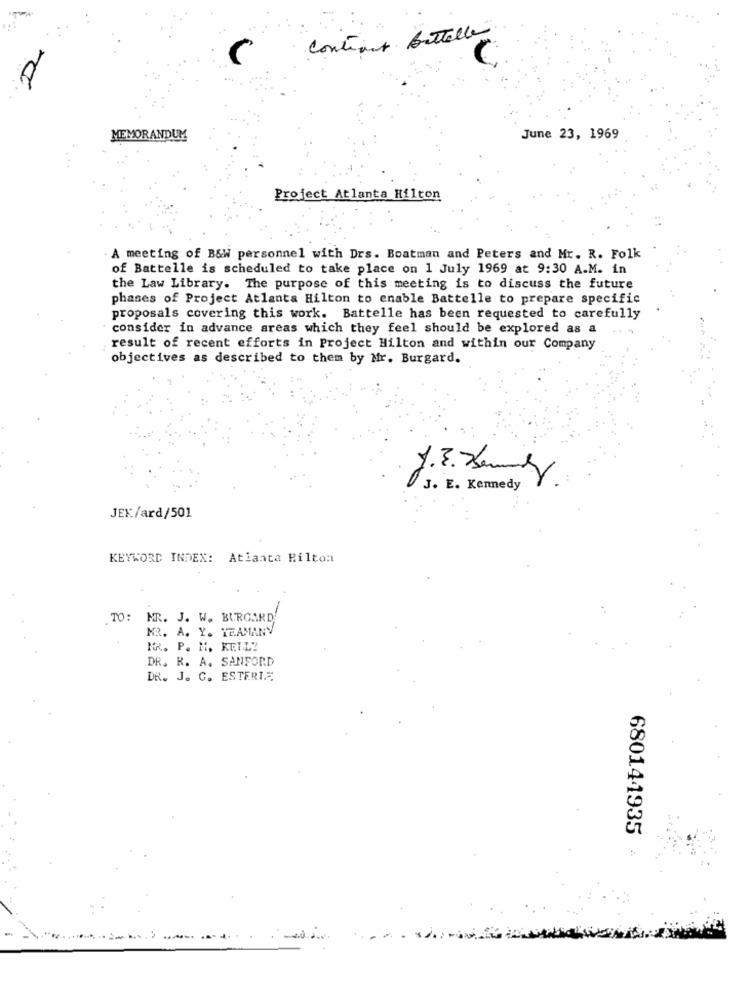
Continus buttelle
MEMORANDUM
June 23, 1969
Project Atlanta Hilton
A meeting of B&W personnel with Drs. Boatman and Peters and Mr. R. Folk
of Battelle is scheduled to take place on 1 July 1969 at 9:30 A.M. in
the Law Library. The purpose of this meeting is to discuss the future
phases of Project Atlanta Hilton to enable Battelle to prepare specific
proposals covering this work. Battelle has been requested to carefully
consider in advance areas which they feel should be explored as a
result of recent efforts in Project Hilton and within our Company
objectives as described to them by Mr. Burgard.
J.3. Deny
J. E. Kennedy
JEK/ard/501
KEYWORD INDEX: Atlanta Pilton
TO: MR. J. W. BURGARD
MR. A. Y. TEAMANY
MR. P. H. KELL?
DR. R. A. SANFORD
DR. J. C. ESTERI.E
680144935